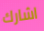
اشارك